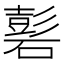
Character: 𥕽